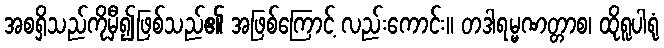
အစရှိသည်ကိုမှီ၍ဖြစ်သည်၏ အဖြစ်ကြောင့် လည်းကောင်း။ တဒါရမ္မဏတ္တာစ၊ ထိုရူပါရုံ